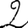
Digit: 2